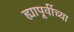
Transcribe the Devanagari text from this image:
ह्यापूर्वीच्या